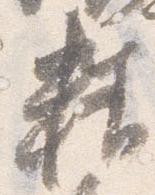
精